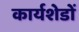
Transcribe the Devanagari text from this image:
कार्यशेडों